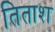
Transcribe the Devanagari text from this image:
तिताश